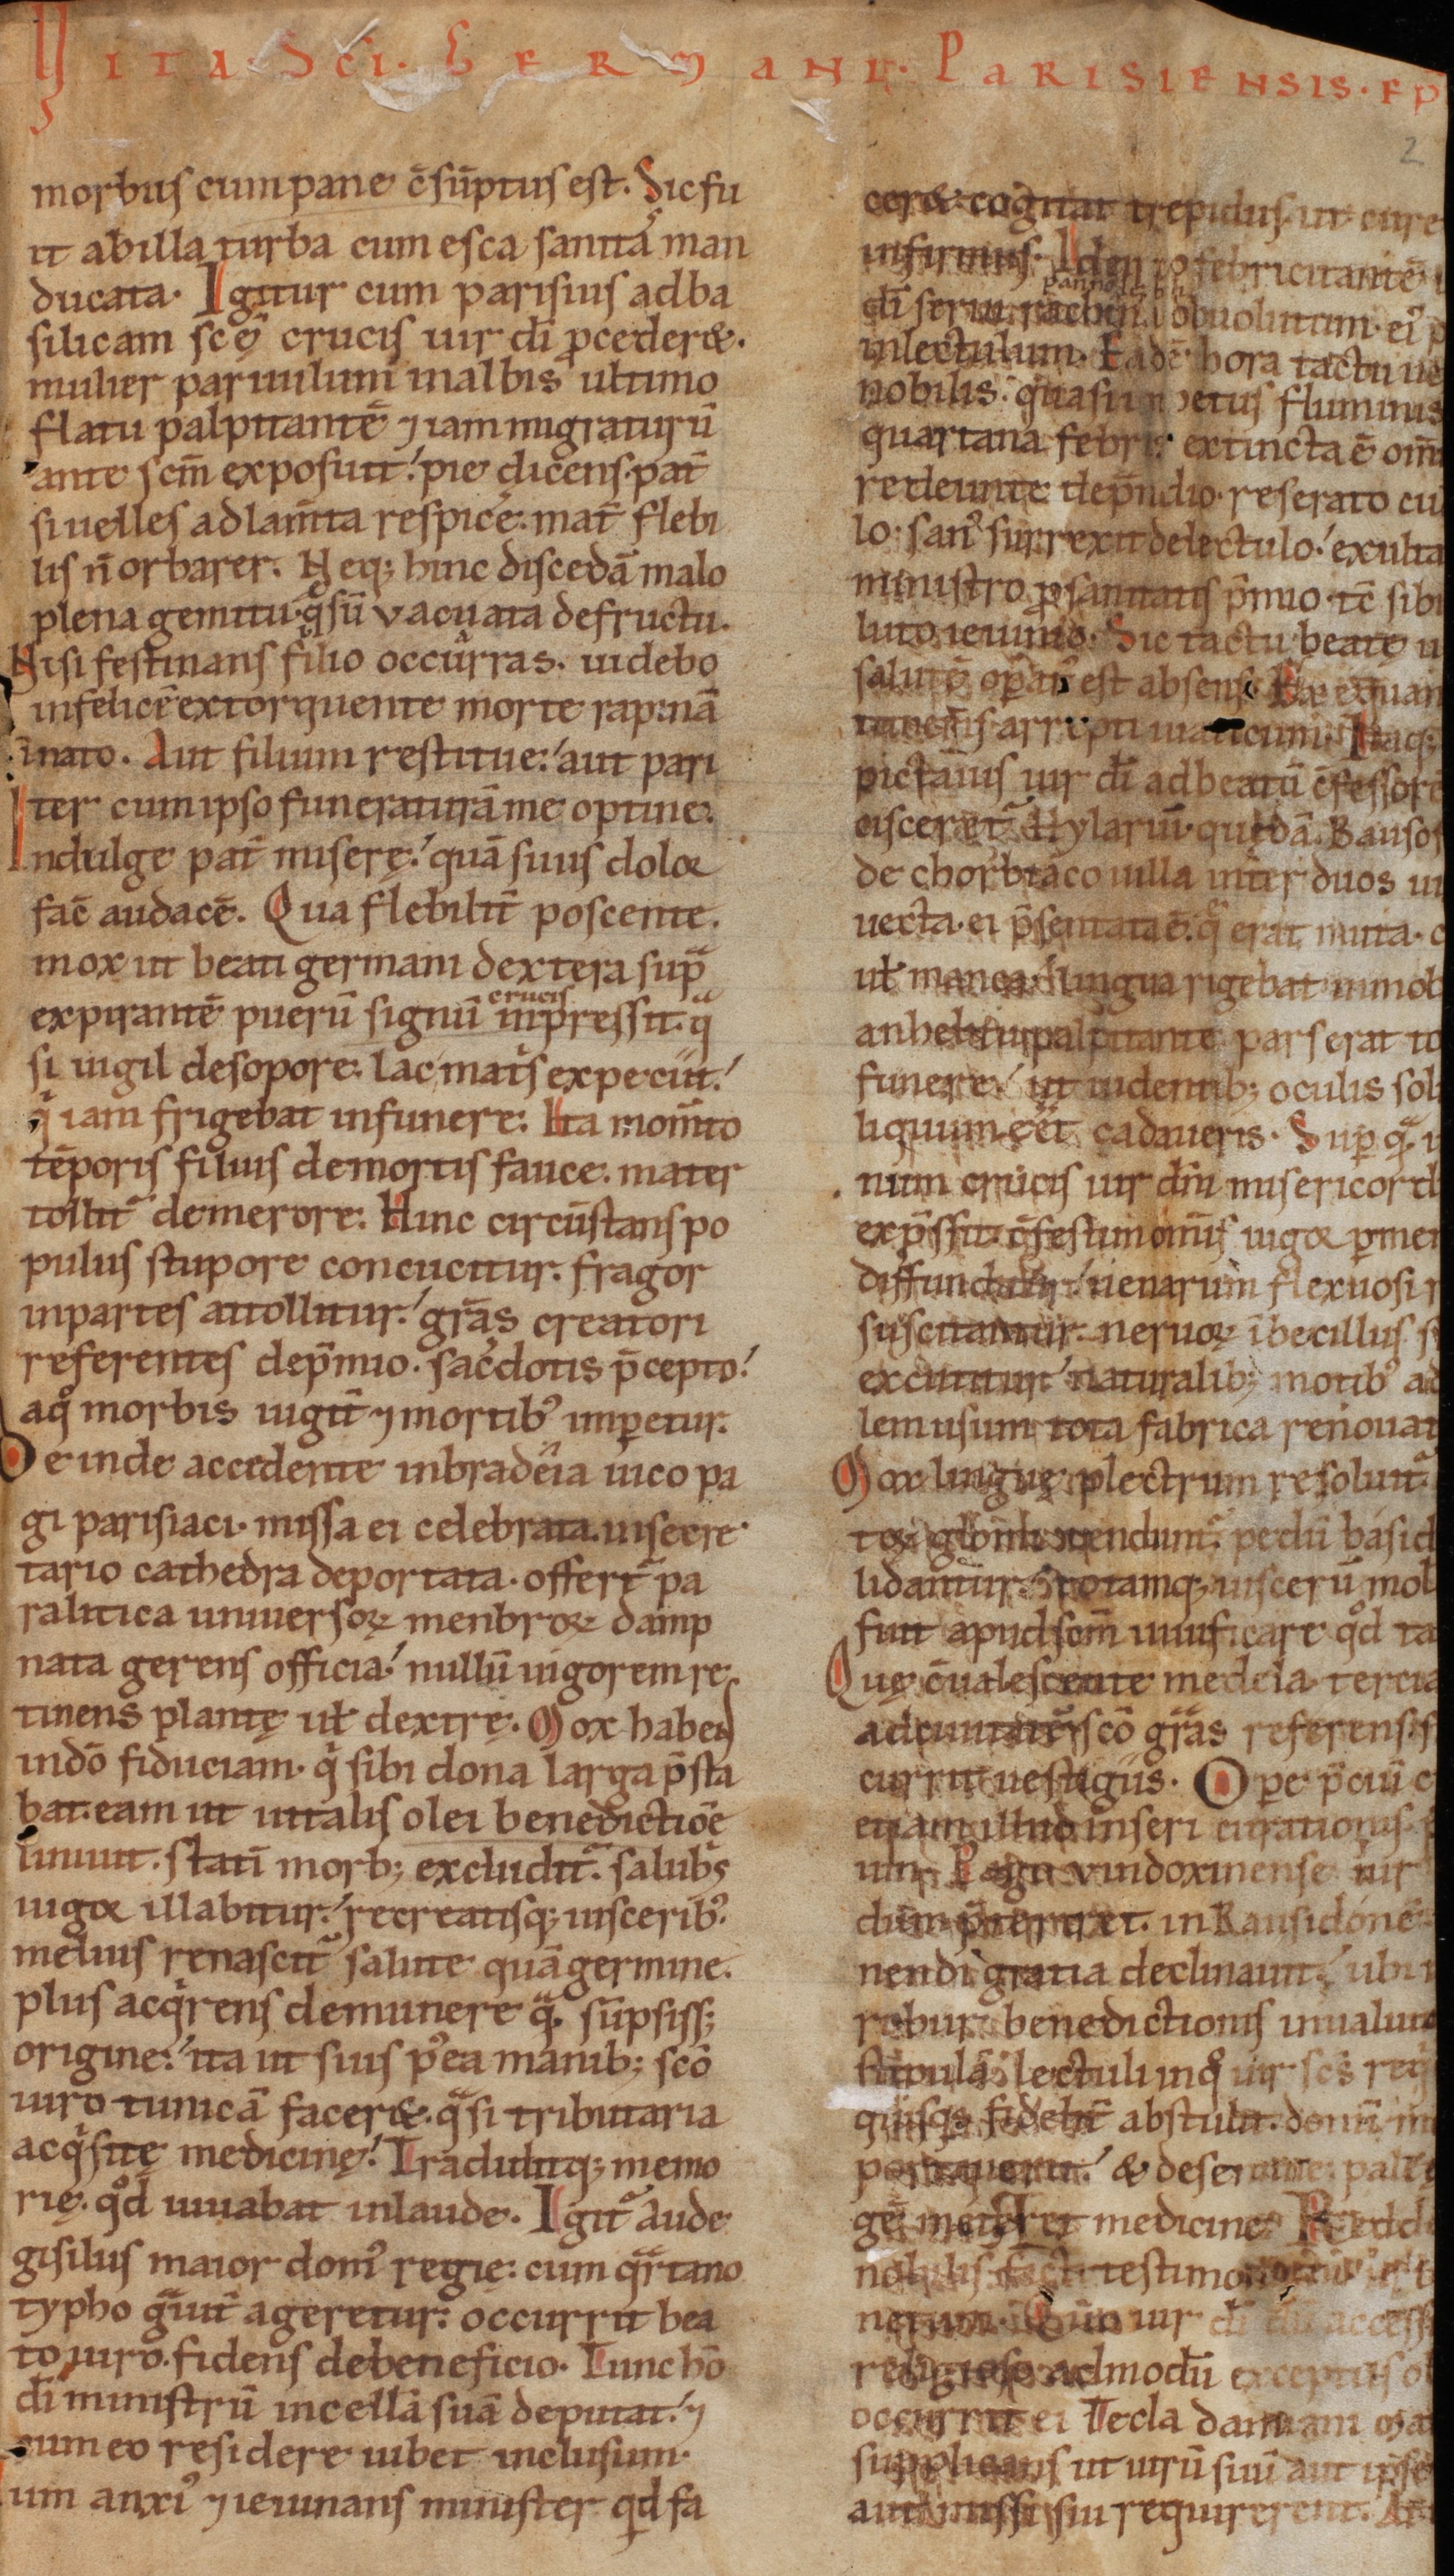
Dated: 1140–1170